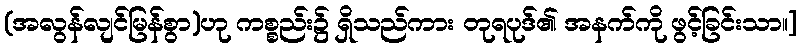
(အလွန်လျင်မြန်စွာ)ဟု ကစ္စည်း၌ ရှိသည်ကား တုရပုဒ်၏ အနက်ကို ဖွင့်ခြင်းသာ။]